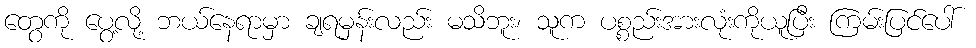
တွေကို ပွေ့လို့ ဘယ်နေရာမှာ ချရမှန်းလည်း မသိဘူး၊ သူက ပစ္စည်းအားလုံးကိုယူပြီး ကြမ်းပြင်ပေါ်